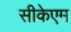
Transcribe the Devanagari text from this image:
सीकेएम